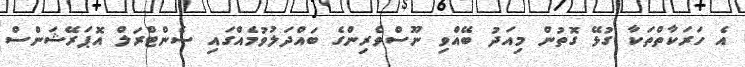
އެ ހަރަކާތްތަކާ ގުޅޭ ގޮތުން މިއަދު ބޭއްވި ނޫސްވެރިންގެ ބައްދަލުވުމެއްގައި ސެންޓްރަލް އޮޕަރޭޝަންސް